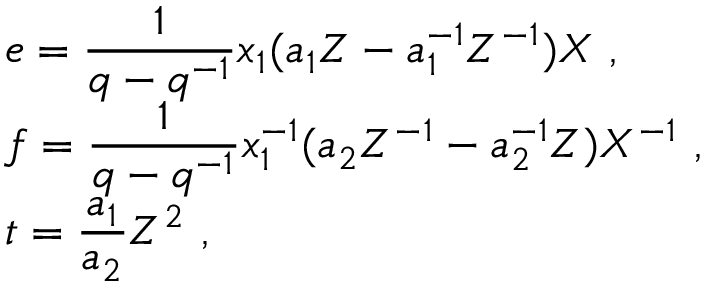
\begin{array} { r c l } { { } } & { { } } & { { e = \displaystyle \frac { 1 } { q - q ^ { - 1 } } x _ { 1 } ( a _ { 1 } Z - a _ { 1 } ^ { - 1 } Z ^ { - 1 } ) X ~ , } } \\ { { } } & { { } } & { { f = \displaystyle \frac { 1 } { q - q ^ { - 1 } } x _ { 1 } ^ { - 1 } ( a _ { 2 } Z ^ { - 1 } - a _ { 2 } ^ { - 1 } Z ) X ^ { - 1 } ~ , } } \\ { { } } & { { } } & { { t = \displaystyle \frac { a _ { 1 } } { a _ { 2 } } Z ^ { 2 } ~ , } } \end{array}